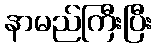
နာမည်ကြီးပြီး